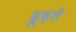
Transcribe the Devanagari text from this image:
ढूढ़ते